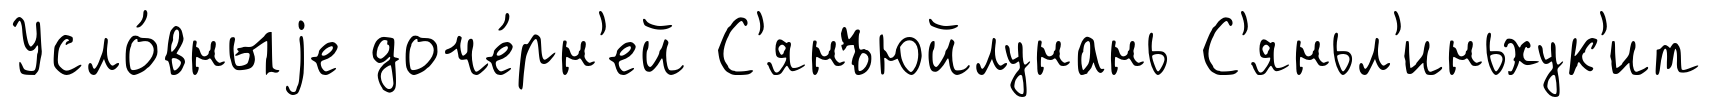
Усло́вныjе доче́рн'ей С'янъюйлунань С'яньл'иньхук'ит